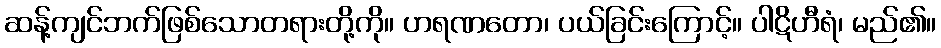
ဆန့်ကျင်ဘက်ဖြစ်သောတရားတို့ကို။ ဟရဏတော၊ ပယ်ခြင်းကြောင့်။ ပါဋိဟီရံ၊ မည်၏။